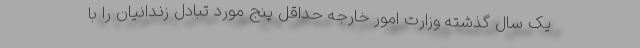
یک سال گذشته وزارت امور خارجه حداقل پنج مورد تبادل زندانیان را با